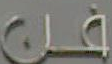
فن